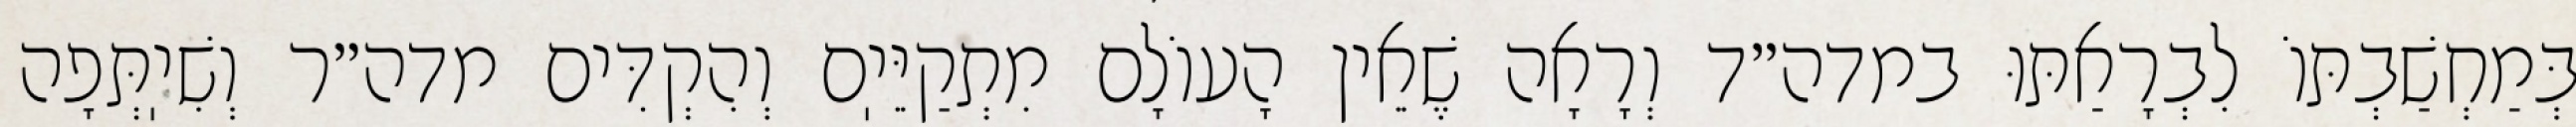
בְּמַחְשַׁבְתּוֹ לִבְרָאַתּוּ במדה״ד וְרָאָה שֶׁאֵין הָעוֹלָם מִתְקַיֵּיֽם וְהִקְדִּים מדה״ר וְשִׁיֽתְּפָה